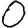
Digit: 0